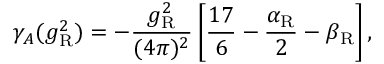
\gamma _ { A } ( g _ { \mathrm { R } } ^ { 2 } ) = - \frac { g _ { \mathrm { R } } ^ { 2 } } { ( 4 \pi ) ^ { 2 } } \left[ \frac { 1 7 } 6 - \frac { \alpha _ { \mathrm { R } } } 2 - \beta _ { \mathrm { R } } \right] ,